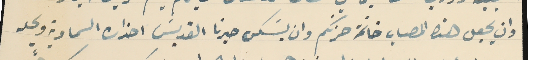
وان يجعل هذا المصاب خاتمة حزنكم وان يسَكن حبرنا القديسَ احزان السماوية ويحله